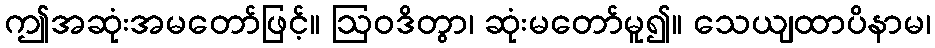
ဤအဆုံးအမတော်ဖြင့်။ ဩဝဒိတွာ၊ ဆုံးမတော်မူ၍။ သေယျထာပိနာမ၊